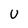
Character: U